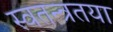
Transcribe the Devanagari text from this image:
स्वतन्त्रतया